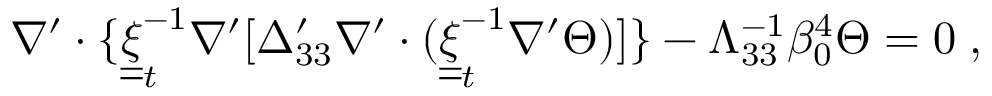
\nabla ^ { \prime } \cdot \{ \underline { { \underline { { \xi } } } } _ { t } ^ { - 1 } \nabla ^ { \prime } [ \Delta _ { 3 3 } ^ { \prime } \nabla ^ { \prime } \cdot ( \underline { { \underline { { \xi } } } } _ { t } ^ { - 1 } \nabla ^ { \prime } \Theta ) ] \} - \Lambda _ { 3 3 } ^ { - 1 } \beta _ { 0 } ^ { 4 } \Theta = 0 \; ,